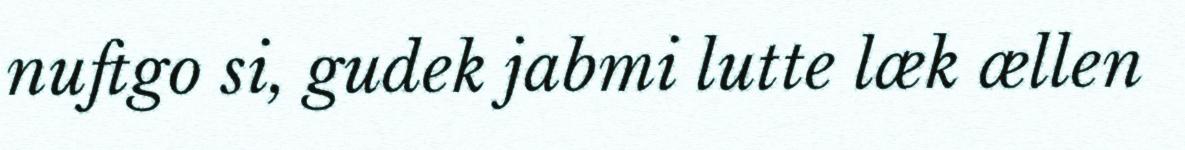
nuftgo si, gudek jabmi lutte læk ællen